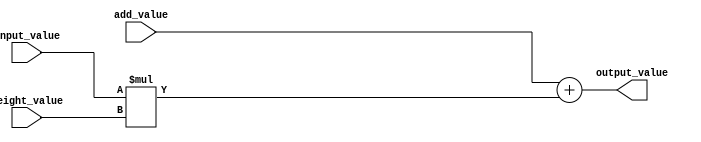
`timescale 1ns / 1ps
//////////////////////////////////////////////////////////////////////////////////
// Multiply and adder which can be generated required amount of times in the 
// universal weight_comp_cell module.
//////////////////////////////////////////////////////////////////////////////////


module multiply_and_add #(
    parameter DATA_WIDTH = 8,
    parameter RESULT_WIDTH = 16
    ) (
    input wire signed [RESULT_WIDTH-1:0] add_value,
    input wire signed [DATA_WIDTH-1:0] input_value,
    input wire signed [7:0] weight_value,
    output wire signed [RESULT_WIDTH-1:0] output_value
    );
    
assign output_value = add_value + input_value * weight_value;

endmodule